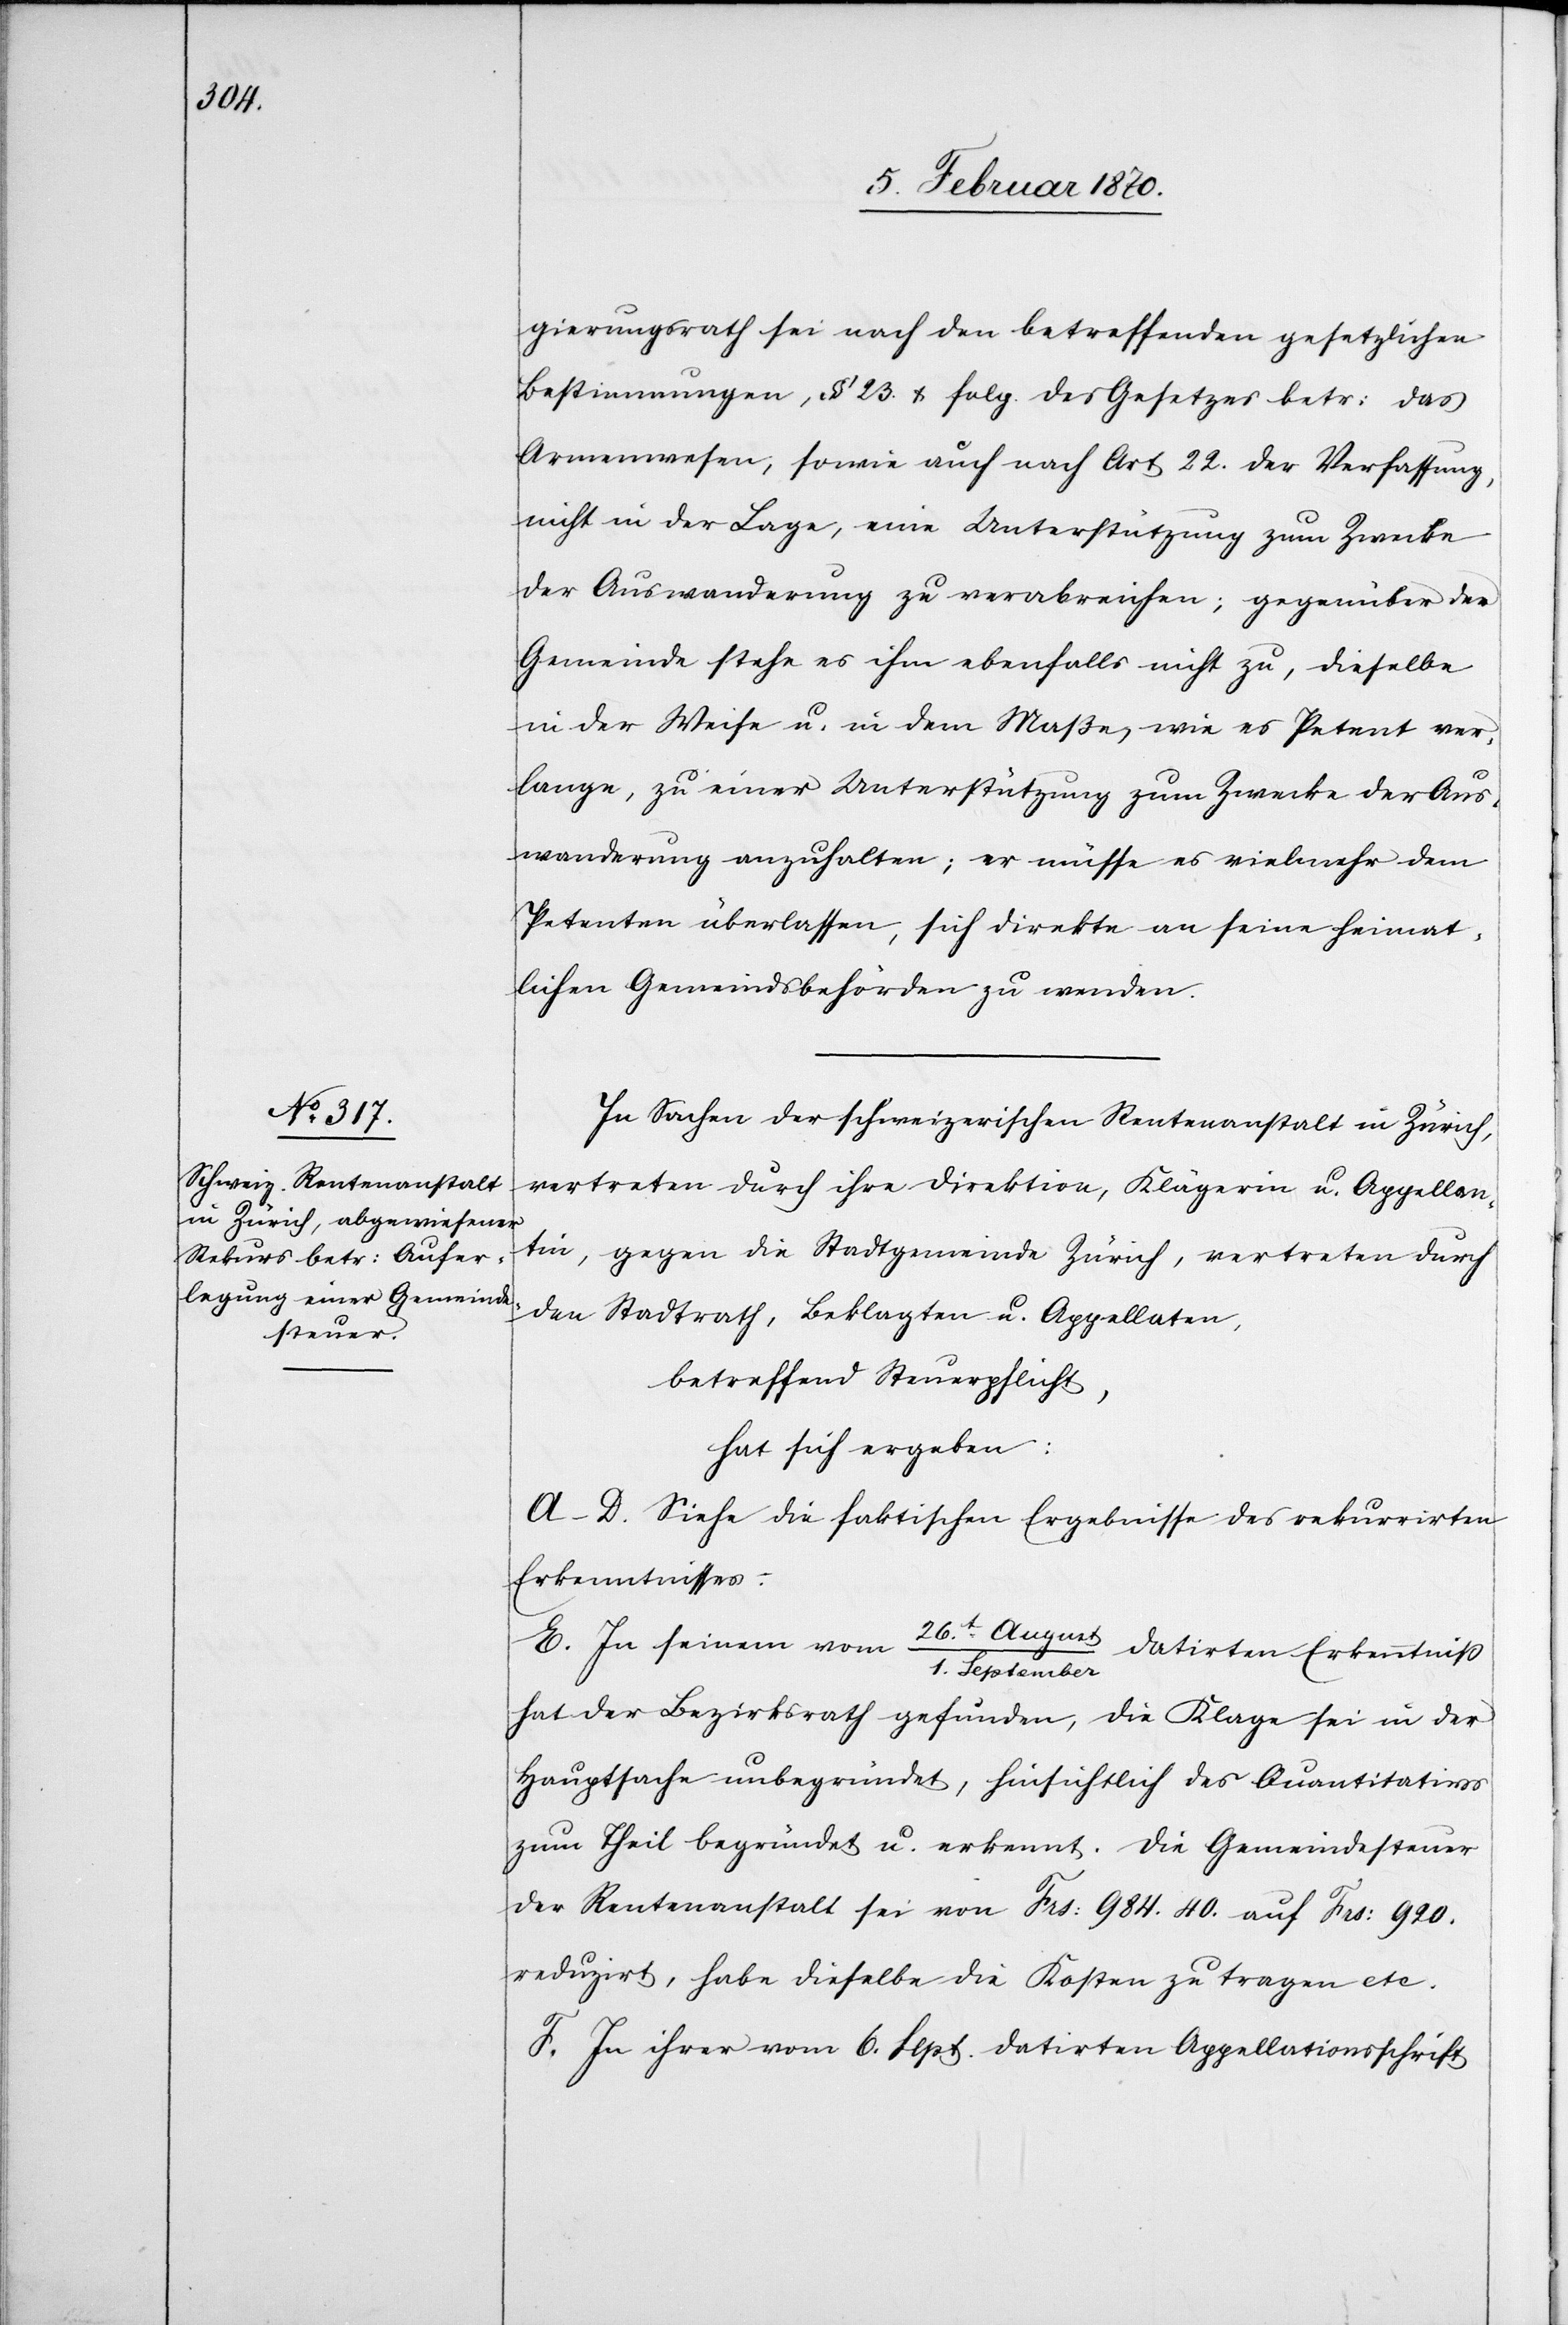
gierungsrath sei nach den betreffenden gesetzlichen
Bestimmungen, § 23. & folg. des Gesetzes betr: das
Armenwesen, sowie auch nach Art 22. der Verfassung,
nicht in der Lage, eine Unterstützung zum Zwecke
der Auswanderung zu verabreichen; gegenüber der
Gemeinde stehe es ihm ebenfalls nicht zu, dieselbe
in der Weise u. in dem Maße, wie es Petent ver¬
lange, zu einer Unterstützung zum Zwecke der Aus¬
wanderung anzuhalten; er müsse es vielmehr dem
Petenten überlassen, sich direkte an seine heimat¬
lichen Gemeindsbehörden zu wenden.
In Sachen der schweizerischen Rentenanstalt in Zürich,
vertreten durch ihre Direktion, Klägerin u. Appellan¬
tin, gegen die Stadtgemeinde Zürich, vertreten durch
den Stadtrath, Beklagten u. Appellaten,
betreffend Steuerpflicht,
hat sich ergeben:
A–D. Siehe die faktischen Ergebnisse des rekurrirten
Erkenntnisses:
E. In seinem vom 26t. August/1. September datirten Erkenntniß
hat der Bezirksrath gefunden, die Klage sei in der
Hauptsache unbegründet, hinsichtlich des Quantitativs
zum Theil begründet u. erkennt. Die Gemeindesteuer
der Rentenanstalt sei von Frs: 984.40. auf Frs: 920.
reduzirt, habe dieselbe die Kosten zu trage etc.
F. In ihrer vom 6. Sept. datirten Appellationsschrift